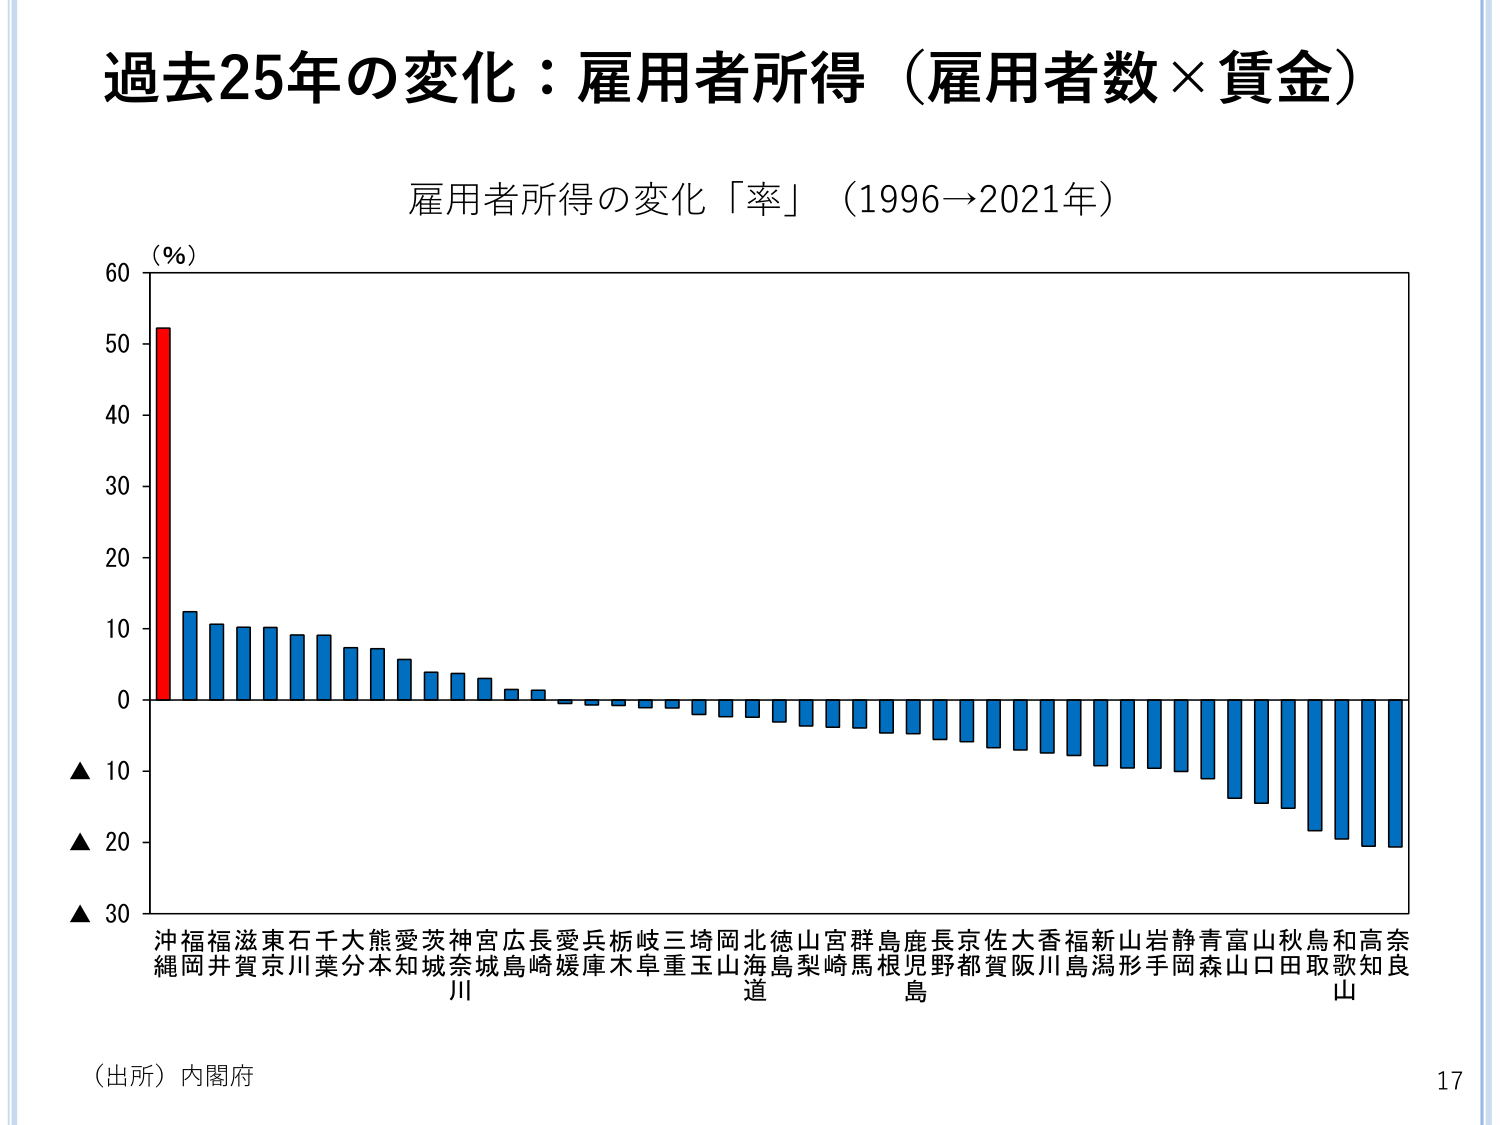
過去25年の変化：雇用者所得（雇用者数×賃金）

雇用者所得の変化「率」（1996→2021年）

（%）
60
50
40
30
20
10
0
▲ 10
▲ 20
▲ 30

沖縄 福井 滋賀 東京 石川 千葉 大分 熊本 愛知 茨城 神奈川 宮城 広島 長崎 愛媛 兵庫 桧木 岐阜 三重 埼玉 岡山 北海道 徳島 山梨 宮崎 群馬 島根 鹿児島 長野 京都 佐賀 大阪 香川 福島 新潟 山形 岩手 静岡 青森 富山 山口 秋田 鳥取 和歌山 高知 奈良

（出所）内閣府

17